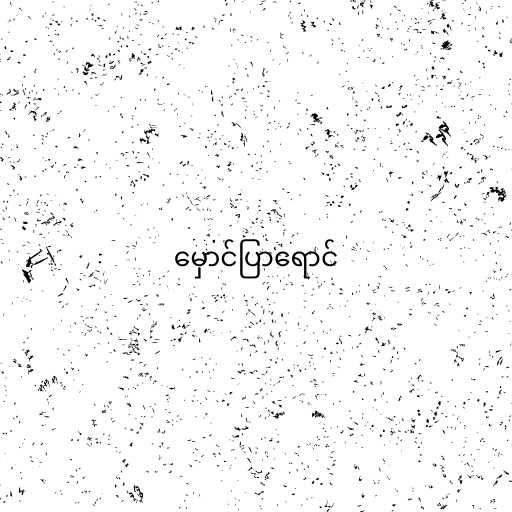
မှောင်ပြာရောင်